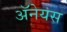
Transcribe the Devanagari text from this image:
अॅनेयस